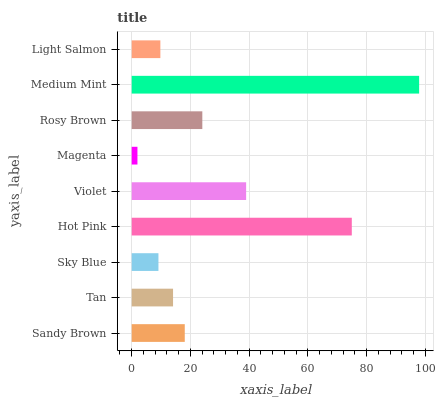
| yaxis_label | bars |
 | --- | --- |
 | Sandy Brown | 18.1 |
 | Tan | 14.1 |
 | Sky Blue | 9.11 |
 | Hot Pink | 75 |
 | Violet | 39 |
 | Magenta | 1.96 |
 | Rosy Brown | 24.1 |
 | Medium Mint | 97.9 |
 | Light Salmon | 9.77 |